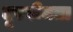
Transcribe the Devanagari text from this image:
दूरबीनता